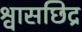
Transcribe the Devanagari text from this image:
श्वासछिद्र